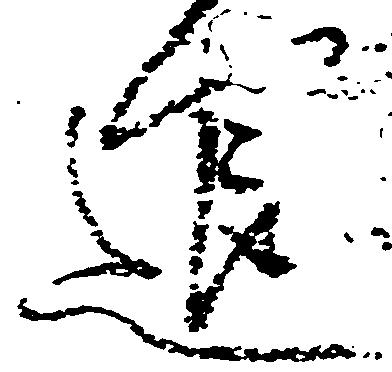
退